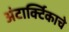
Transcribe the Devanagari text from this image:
अंटार्क्टिकाचे